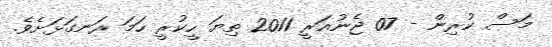
މަސް ކުރިން - 07 ޖެނުއަރީ 2011 ތިޔަ ހީކުރީ ހަމަ ރަނގަޅަށެވެ.